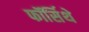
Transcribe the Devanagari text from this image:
फॉर्सिथे